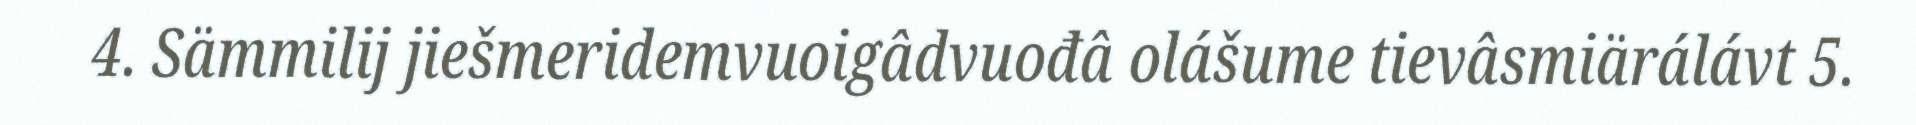
4. Sämmilij jiešmeridemvuoigâdvuođâ olášume tievâsmiärálávt 5.